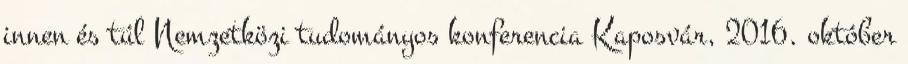
innen és túl Nemzetközi tudományos konferencia Kaposvár, 2016. október